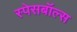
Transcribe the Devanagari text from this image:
स्पेसबॉल्स